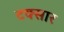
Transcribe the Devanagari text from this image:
टक्सार